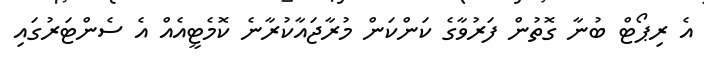
އެ ރިޕޯޓް ބުނާ ގޮތުން ފަރުވާގެ ކަންކަން މުރާޖައާކުރާނެ ކޮމެޓީއެއް އެ ސެންޓަރުގައި